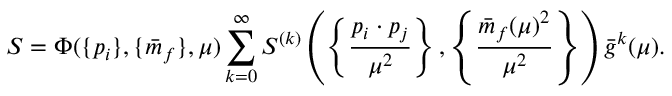
S = \Phi ( \{ p _ { i } \} , \{ \bar { m } _ { f } \} , \mu ) \sum _ { k = 0 } ^ { \infty } S ^ { ( k ) } \left( \left\{ \frac { p _ { i } \cdot p _ { j } } { \mu ^ { 2 } } \right\} , \left\{ \frac { \bar { m } _ { f } ( \mu ) ^ { 2 } } { \mu ^ { 2 } } \right\} \right) \bar { g } ^ { k } ( \mu ) .